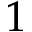
1